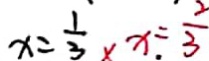
x = \frac { 1 } { 3 } \times x = \frac { 2 } { 3 }